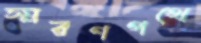
স্মরণপথে